Vaccination in Bombay 1924-1928 - 1924-1928
Year: 1924
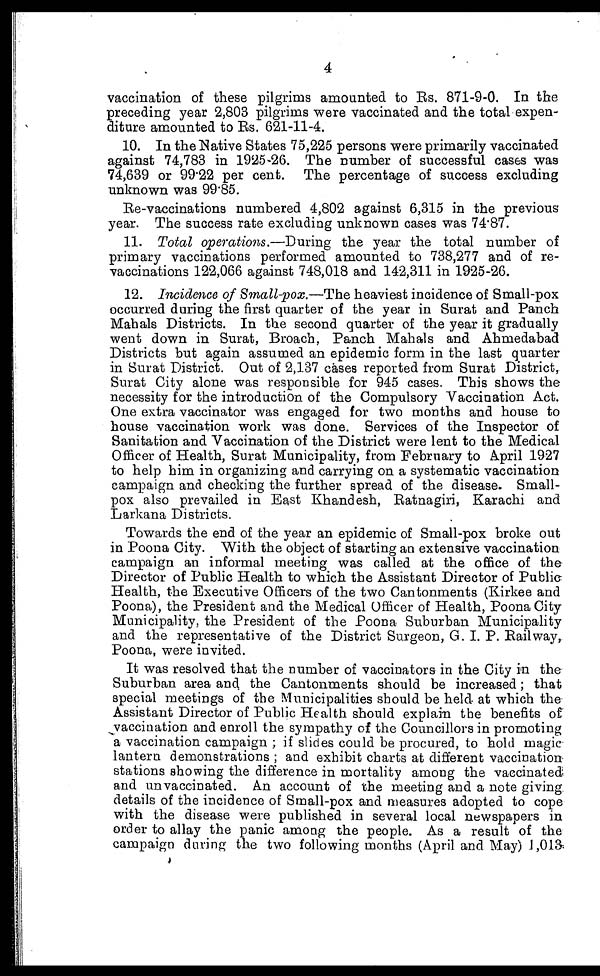
4
vaccination of these pilgrims amounted to Rs. 871-9-0. In the
preceding year 2,803 pilgrims were vaccinated and the total expen-
diture amounted to Rs. 621-11-4.
10. In the Native States 75,225 persons were primarily vaccinated
against 74,783 in 1925-26. The number of successful cases was
74,639 or 99.22 per cent. The percentage of success excluding
unknown was 99.85.
Re-vaccinations numbered 4,802 against 6,315 in the previous
year. The success rate excluding unknown cases was 74.87.
11. Total operations.—During the year the total number of
primary vaccinations performed amounted to 738,277 and of re-
vaccinations 122,066 against 748,018 and 142,311 in 1925-26.
12. Incidence of Small-pox.—The heaviest incidence of Small-pox
occurred during the first quarter of the year in Surat and Panch
Mahals Districts. In the second quarter of the year it gradually
went down in Surat, Broach, Panch Mahals and Ahmedabad
Districts but again assumed an epidemic form in the last quarter
in Surat District. Out of 2,137 cases reported from Surat District,
Surat City alone was responsible for 945 cases. This shows the
necessity for the introduction of the Compulsory Vaccination Act.
One extra vaccinator was engaged for two months and house to
house vaccination work was done. Services of the Inspector of
Sanitation and Vaccination of the District were lent to the Medical
Officer of Health, Surat Municipality, from February to April 1927
to help him in organizing and carrying on a systematic vaccination
campaign and checking the further spread of the disease. Small-
pox also prevailed in East Khandesh, Ratnagiri, Karachi and
Larkana Districts.
Towards the end of the year an epidemic of Small-pox broke out
in Poona City. With the object of starting an extensive vaccination
campaign an informal meeting was called at the office of the
Director of Public Health to which the Assistant Director of Public
Health, the Executive Officers of the two Cantonments (Kirkee and
Poona), the President and the Medical Officer of Health, Poona City
Municipality, the President of the Poona Suburban Municipality
and the representative of the District Surgeon, G. I. P. Railway,
Poona, were invited.
It was resolved that the number of vaccinators in the City in the
Suburban area and the Cantonments should be increased; that
special meetings of the Municipalities should be held at which the
Assistant Director of Public Health should explain the benefits of
vaccination and enroll the sympathy of the Councillors in promoting
a vaccination campaign ; if slides could be procured, to hold magic
lantern demonstrations ; and exhibit charts at different vaccination
stations showing the difference in mortality among the vaccinated;
and unvaccinated. An account of the meeting and a note giving
details of the incidence of Small-pox and measures adopted to cope
with the disease were published in several local newspapers in
order to allay the panic among the people. As a result of the
campaign during the two following months (April and May) 1,013